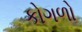
કોગળો